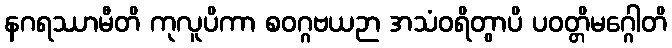
နဂရဿာမီတိ ကုလူပိကာ စဝဂ္ဂဗယဉာ အသံဝရိတွာပိ ပဝတ္တိမဂ္ဂေါတိ